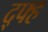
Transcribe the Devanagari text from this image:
द्फ्ह